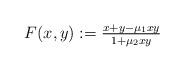
LaTeX: \begin{align*}F(x,y):=\tfrac{x+y-\mu_1xy}{1+\mu_2xy}\end{align*}